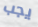
يجب